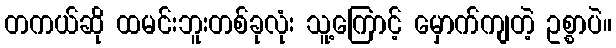
တကယ်ဆို ထမင်းဘူးတစ်ခုလုံး သူ့ကြောင့် မှောက်ကျတဲ့ ဥစ္စာပဲ။